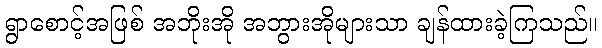
ရွာစောင့်အဖြစ် အဘိုးအို အဘွားအိုများသာ ချန်ထားခဲ့ကြသည်။